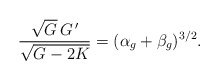
\begin{align*}\dfrac{\sqrt{G} \, G^{\,\prime}}{\sqrt{G-2K}} = (\alpha_g + \beta_g)^{3/2}.\end{align*}